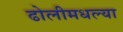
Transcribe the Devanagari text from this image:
ढोलीमधल्या